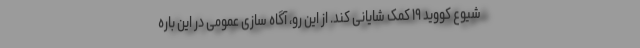
شیوع کووید ۱۹ کمک شایانی کند. از این رو، آگاه سازی عمومی در این باره